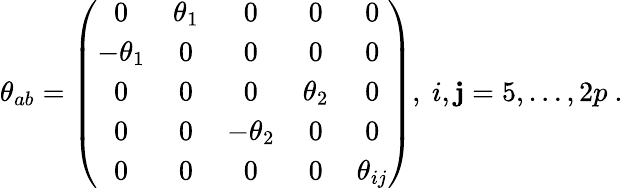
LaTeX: \theta_{ab}=\left(\begin{array}{ccccc}{{0}}&{{\theta_{1}}}&{{0}}&{{0}}&{{0}}\\ {{-\theta_{1}}}&{{0}}&{{0}}&{{0}}&{{0}}\\ {{0}}&{{0}}&{{0}}&{{\theta_{2}}}&{{0}}\\ {{0}}&{{0}}&{{-\theta_{2}}}&{{0}}&{{0}}\\ {{0}}&{{0}}&{{0}}&{{0}}&{{\theta_{ij}}}\end{array}\right),\ i,\mathbf{j}=5,\dots,2p\ .